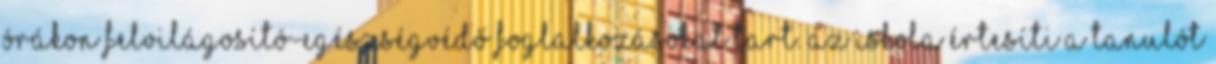
órákon felvilágosító-egészségvédő foglalkozásokat tart. az iskola értesíti a tanulót